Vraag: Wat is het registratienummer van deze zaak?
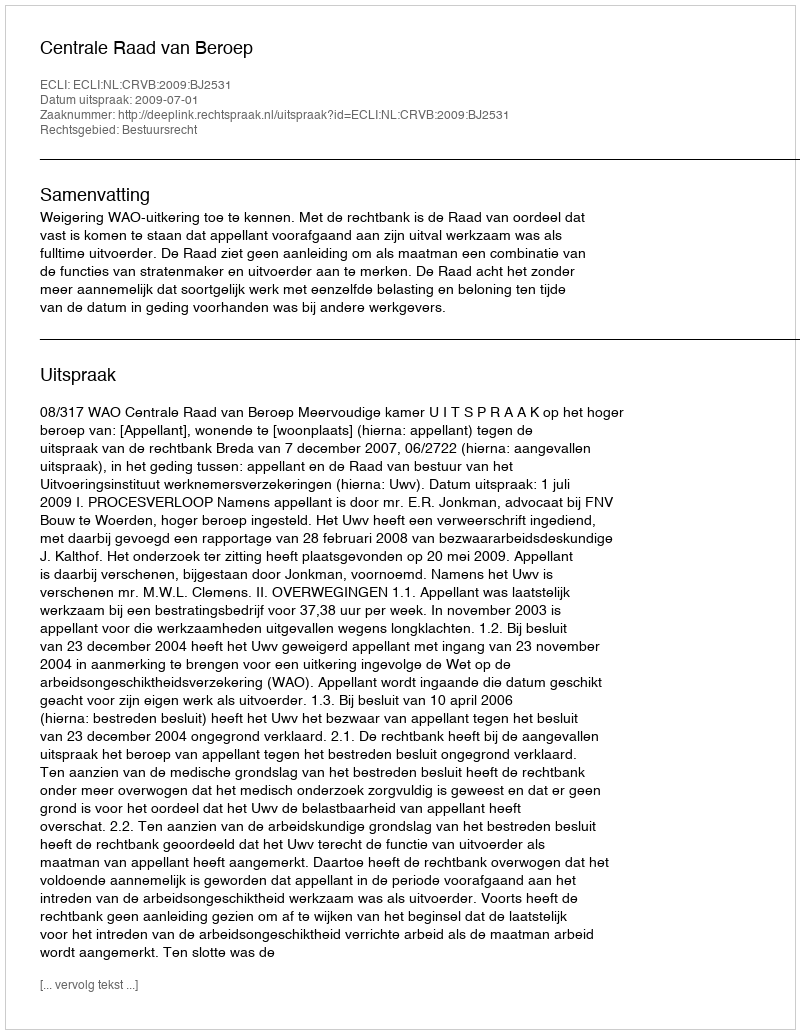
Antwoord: http://deeplink.rechtspraak.nl/uitspraak?id=ECLI:NL:CRVB:2009:BJ2531